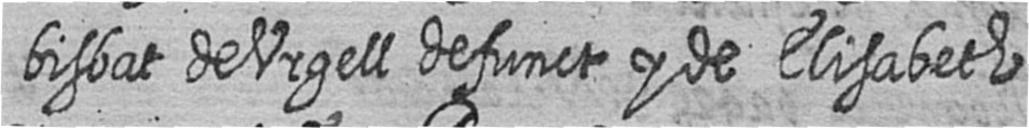
bisbat de Urgell defunct y de Elisabeth